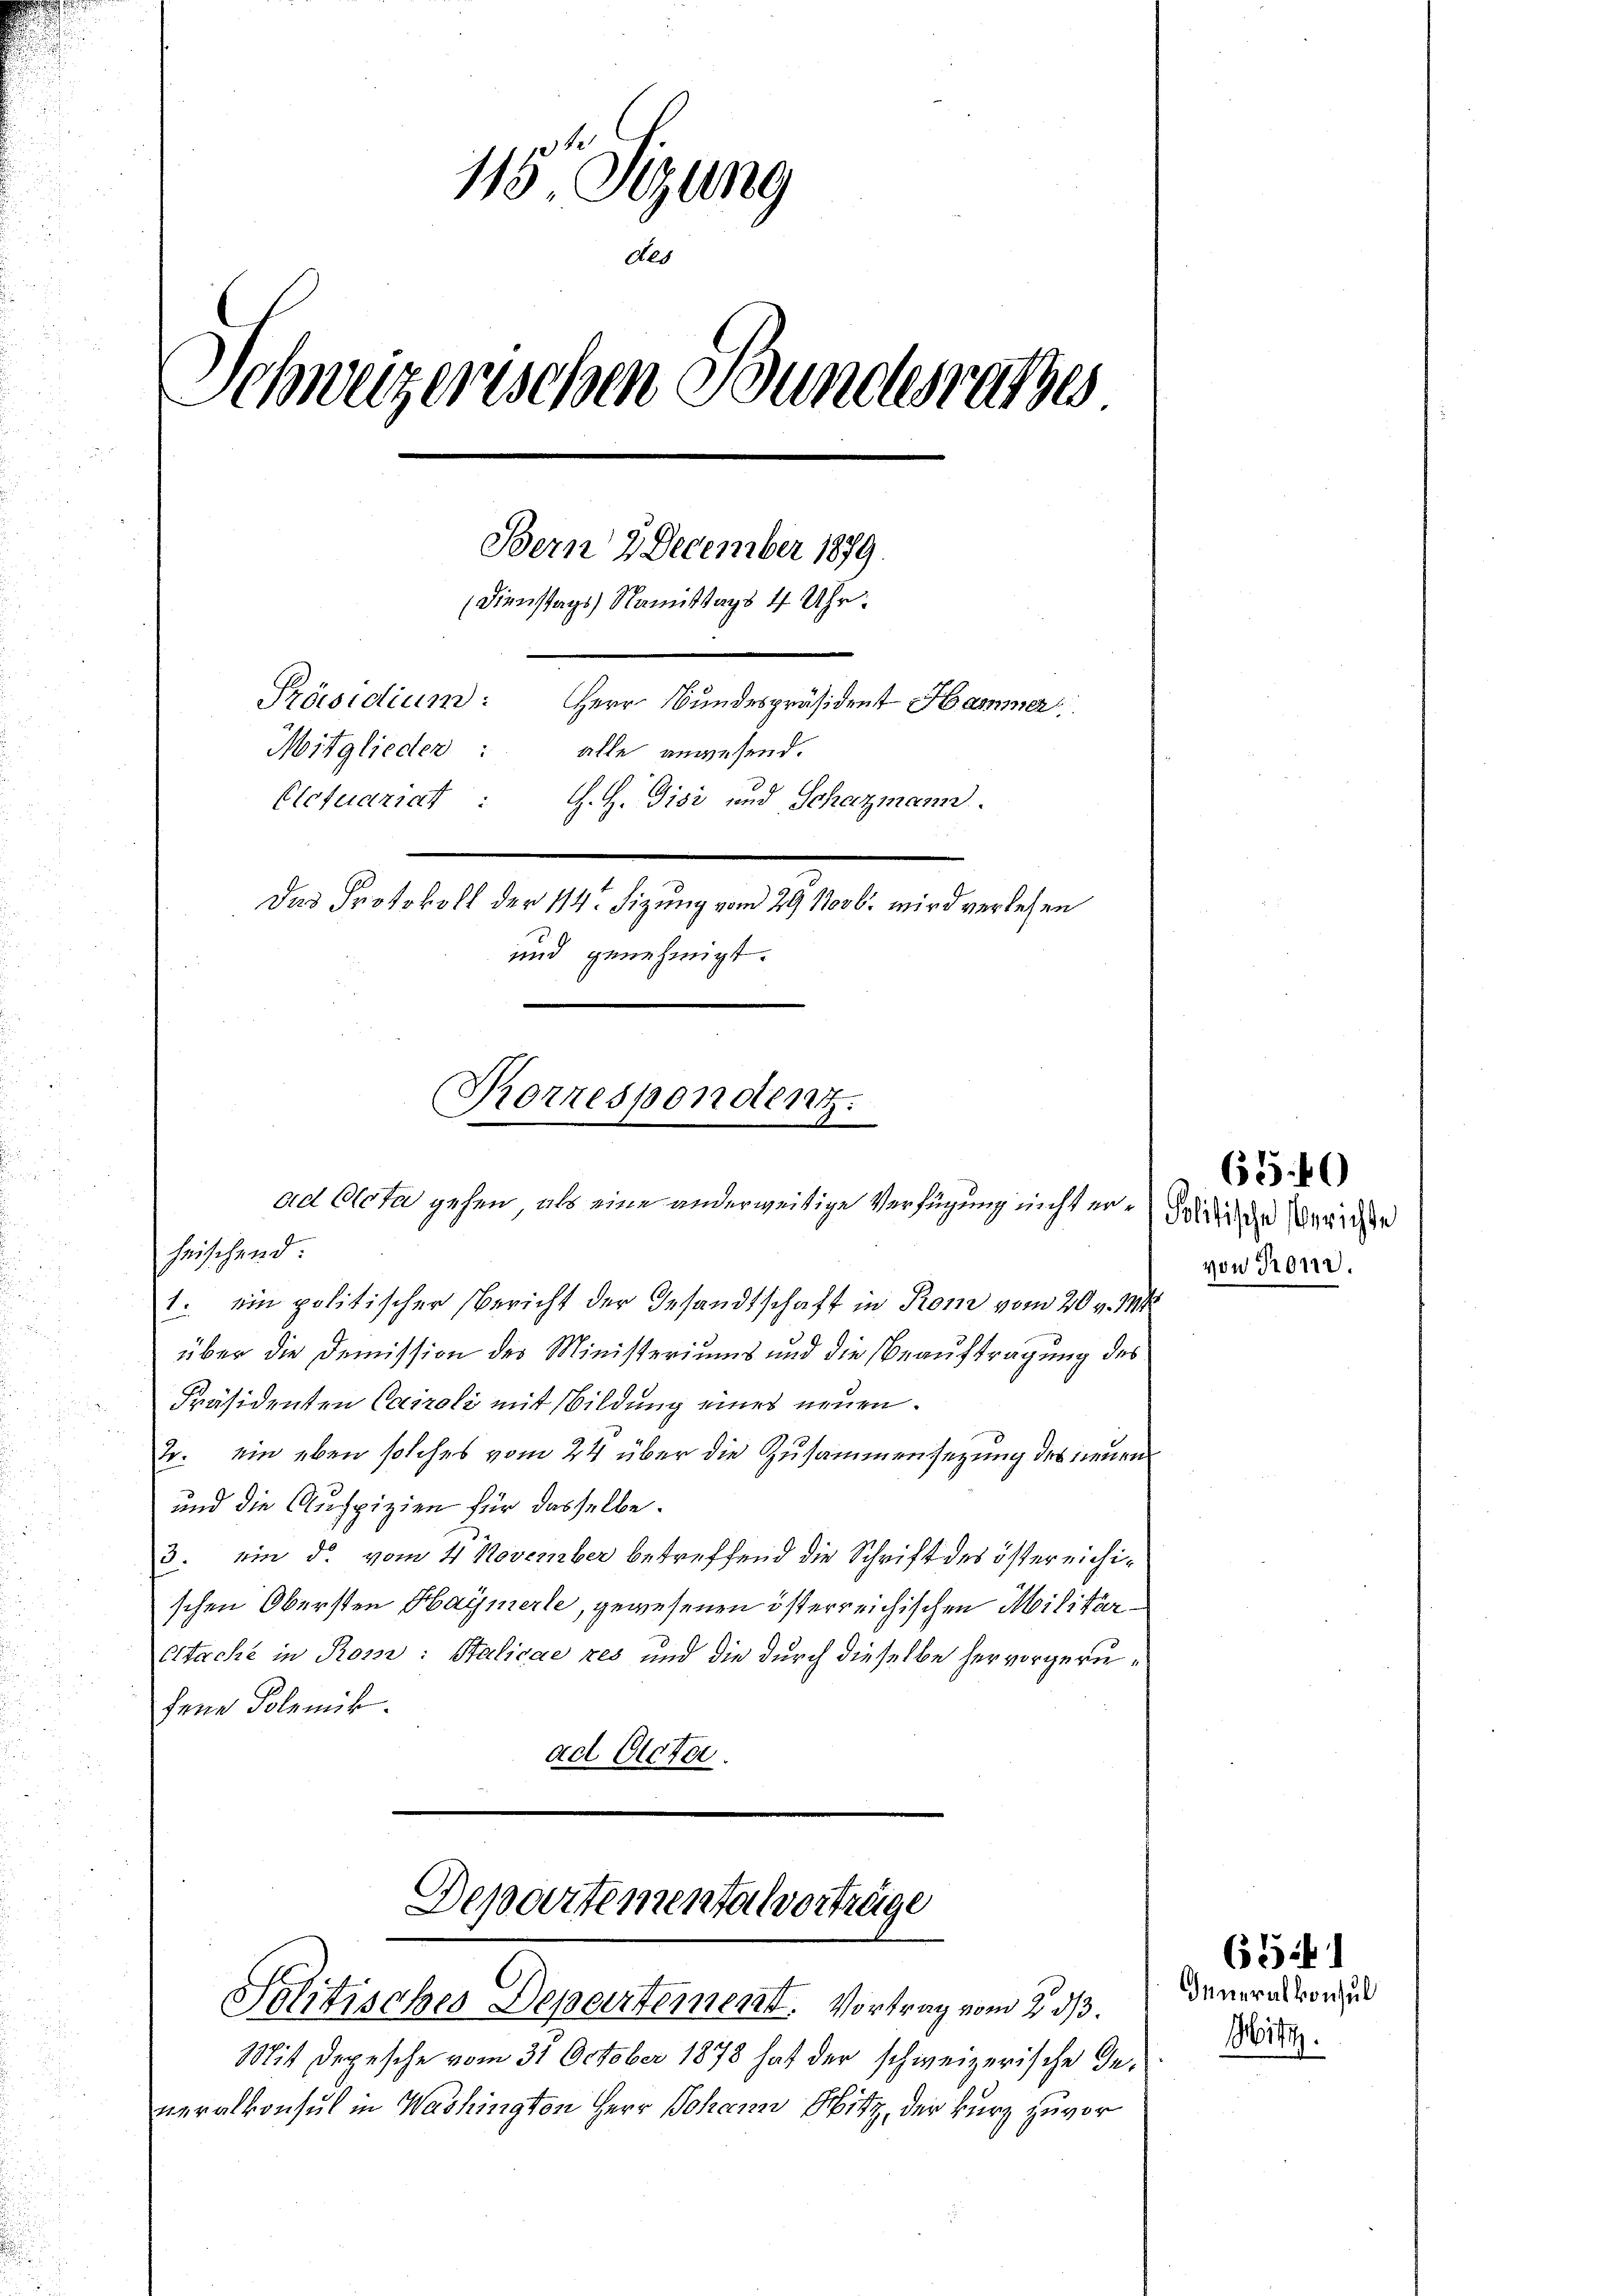
115 Sizung
Als
Schweizerischen Bundesrathes
Bern 2 December 1879
Dienstags Nomittags 4 Uhr.
Präsidium:
Herr Bundespräsident Hammer
Mitglieder:
alle anwesend.
Elctuariat : G. H. Visi und Schazmann.
Das Protokoll der 114. Sizung vom 29. 100 l. wird verlesen
und genehmigt.

ad Acta gehen, als eine anderweitige Verfügung nicht er¬

heischend
1. ein politischer Bericht der Gesandtschaft in Rom vom 20. v. Mts.
über die Demission des Ministeriums und die Beauftragung des
Präsidenten Cairoli mit Bildung eines neuen.
tr. ein eben solches vom 24 über die Zusammensetzung des neuen
und die Auspizien für dasselbe.
3. ein d. vom 4 November betreffend die Schrift des östereichischen Obersten Haymerle, gewesenen österreichischen Militär¬
Etache in Rom: Salicae res und die durch dieselbe hervorgerufene Polemik
ad Octbr.

Rorrespondenz.

Departemental vorträge
Solitisches Departement. Vortrag vom 2. ds

neralkonsul in Washington Herr Johann Sitz, der kurz zuvor

Mit Depesche vom 31. October 1878 hat der schweizerische Ge¬

Politische Berichte
von Ton.

63 40

654
Ieneralkonsul
Mitt